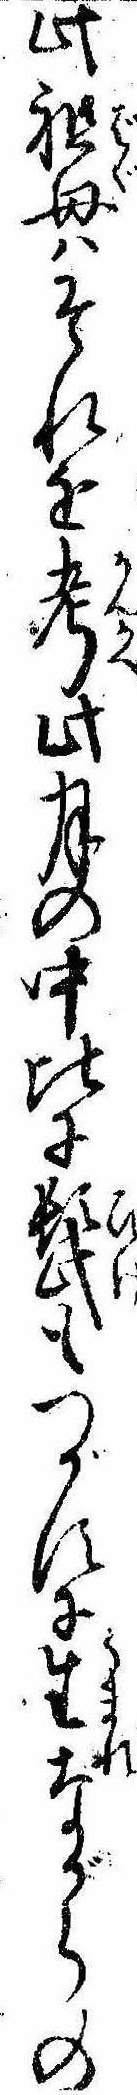
此祖母はそれを考此月の中此に髭もつがすに生ながらの